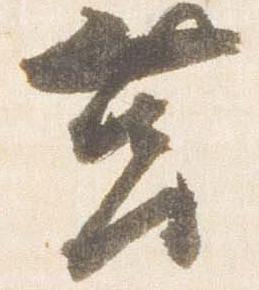
筥